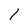
Character: 1